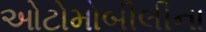
ઓટોમોબીલીના